King Institute of Preventive Medicine Micro-Biological Section reports 1909-11
Year: 1909
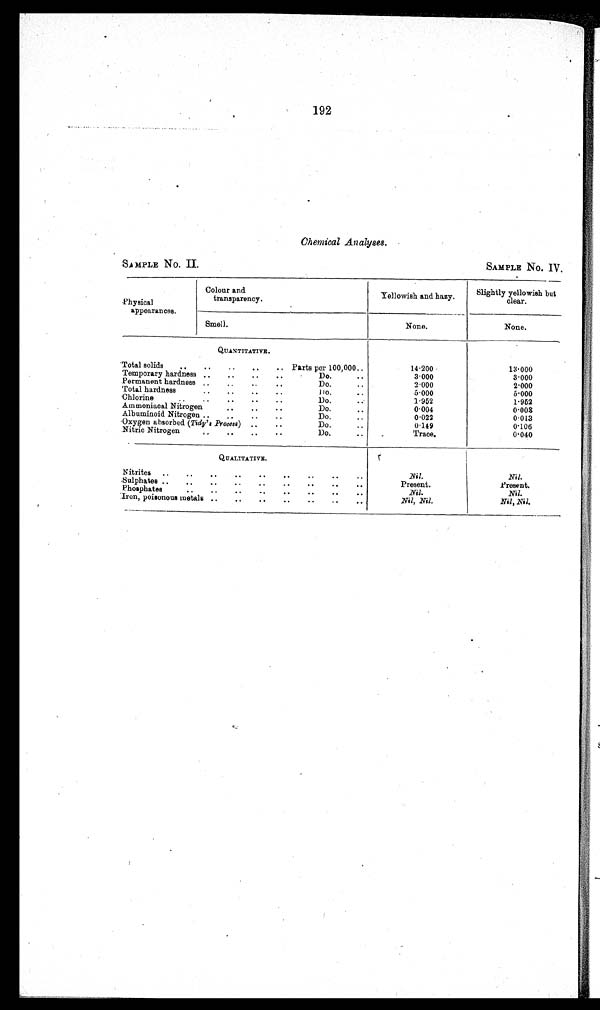
192
Chemical Analyaes.
SAMPLE No. II.
SAMPLE No. IV.
Physical
appearances.
Colour and
transparency.
Yellowish and hazy.
Slightly yellowish but
clear.
None.
None.
Smell.
QUANTITATIVE.
Total solids
..
..
..
..
.. Parts per 100,000..
14.200
13.000
3.000
3.000
Temporary hardness ..
..
..
..
Do.
..
2.000
2.000
Permanent hardness ..
..
Do. . .
5.000
5.000
Total hardness.
..
..
.
D o
. .
1.952
1.962
Chlorine
..
..
..
..
..
Do. . .
0.003
0.004
Ammoniacal Nitrogen
..
..
..
Do.
..
0.022
0.013
Albuminoid Nitrogen ..
..
..
..
Do.
..
0.106
0.149
Oxygen absorbed ( Tidy's Process) ..
..
Do.
..
Nitric Nitrogen
..
..
..
..
Do.
..
Trace.
0.040
QUALITATIVE.
I
N i l .
Nitrites ..
..
..
..
..
..
..
..
..
Nil.
P r e s e n t .
Present.
Sulphates ..
..
..
..
..
..
..
..
..
Nil.
Nil.
Phosphates
..
..
..
.. ..
..
..
..
Nil, Nil.
Nil, Nil.
Iron, poisonous metals ..
..
..
..
..
..
..